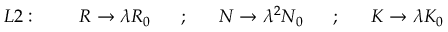
L 2 : ~ ~ ~ ~ ~ ~ ~ R \rightarrow \lambda R _ { 0 } ~ ~ ~ ~ ~ ; ~ ~ ~ ~ ~ N \rightarrow \lambda ^ { 2 } N _ { 0 } ~ ~ ~ ~ ~ ; ~ ~ ~ ~ ~ K \rightarrow \lambda K _ { 0 }